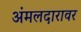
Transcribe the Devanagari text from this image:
अंमलदारावर